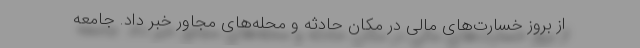
از بروز خسارت‌های مالی در مکان حادثه و محله‌های مجاور خبر داد. جامعه